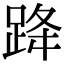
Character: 跭